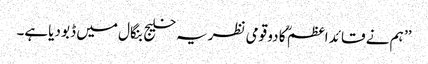
’’ ہم نے قائد اعظم ؒ کا دو قومی نظریہ خلیج بنگال میں ڈبو دیاہے۔